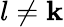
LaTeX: l\neq\mathbf{k}